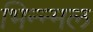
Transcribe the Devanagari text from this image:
भिन्न्मल